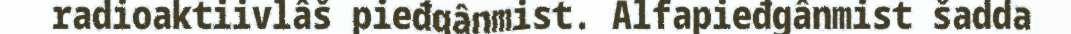
radioaktiivlâš pieđgânmist. Alfapieđgânmist šadda